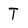
Character: T